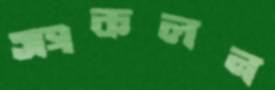
সংকলন